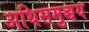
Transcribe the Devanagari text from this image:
अधिसमुच्चय